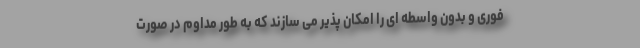
فوری و بدون واسطه ای را امکان پذیر می سازند که به طور مداوم در صورت